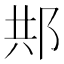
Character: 䢼